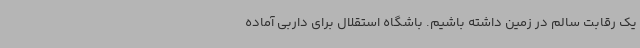
یک رقابت سالم در زمین داشته باشیم. باشگاه استقلال برای داربی آماده